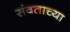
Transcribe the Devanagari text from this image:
संवताच्या